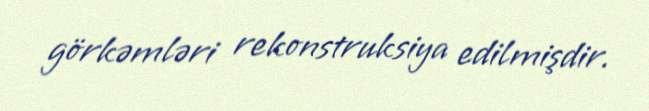
görkəmləri rekonstruksiya edilmişdir.